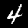
Digit: 4